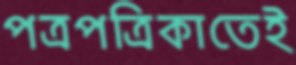
পত্রপত্রিকাতেই